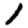
Digit: 1